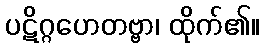
ပဋိဂ္ဂဟေတဗ္ဗာ၊ ထိုက်၏။